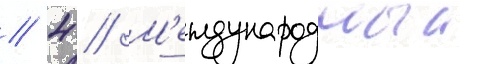
// 4 // М'еждународныи